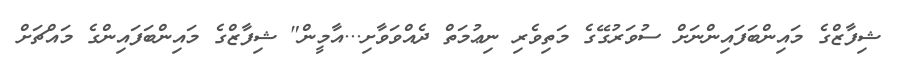
ޝިފާޒްގެ މައިންބަފައިންނަށް ސުވަރުގޭގެ މަތިވެރި ނިޢުމަތް ދެއްވަވާށި...އާމީން" ޝިފާޒްގެ މައިންބަފައިންގެ މައްޗަށް